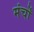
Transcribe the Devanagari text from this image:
मंर्चों